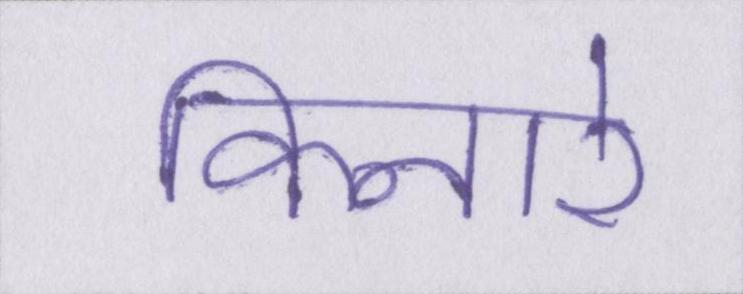
किनारे